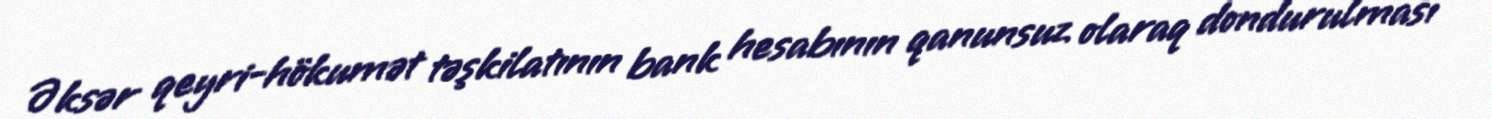
Əksər qeyri-hökumət təşkilatının bank hesabının qanunsuz olaraq dondurulması